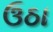
ઉઠા